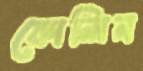
কোলিন